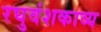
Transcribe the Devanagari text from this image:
रघुवंशकाव्य